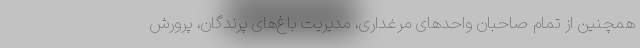
همچنین از تمام صاحبان واحدهای مرغداری، مدیریت باغ‌های پرندگان، پرورش